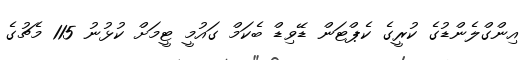
އިންގްލެންޑުގެ ކުރީގެ ކެޕްޓަން ޑޭވިޑް ބެކަމް ގައުމީ ޓީމަށް ކުޅުނު 115 މެޗުގެ